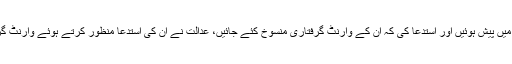
گلوکارہ رابی پیرزادہ ماڈل ٹائون کچہری میں جوڈیشل مجسٹریٹ کی عدالت میں پیش ہوئیں اور استدعا کی کہ ان کے وارنٹ گرفتاری منسوخ کئے جائیں، عدالت نے ان کی استدعا منظور کرتے ہوئے وارنٹ گرفتاری منسوخ کردیئے اور متعلقہ ادارے کے ساتھ تعاون کی ہدایت کردی۔